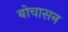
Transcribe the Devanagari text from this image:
बोचासन